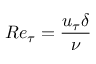
R e _ { \tau } = \frac { u _ { \tau } \delta } { \nu }